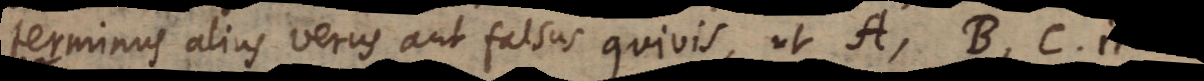
terminus alius verus aut falsus quivis, ut A, B, C. Ite